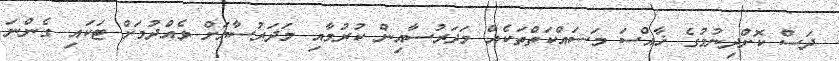
ދަސް ކޮށްދިނުމުގެ ޚާއްސަ މަސައްކަތްތަކެއް މަދަރުސާއިން ކުރުމާއި މަދަރުސާޔަށް ވެއްދުމަށް ޓަކައި ގެންނަ